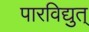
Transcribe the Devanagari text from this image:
पारविद्युत्